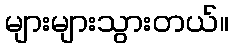
များများသွားတယ်။